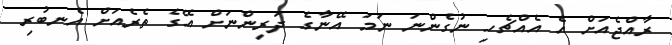
ރާއްޖެއަށް އެ އެއްޗެހި ނުގެންނަ ނަމަ އޭނާގެ ދަރިންނަށް އޭގެ ތެރެއަށް އެނބުރި